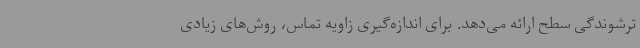
ترشوندگی سطح ارائه می‌دهد. برای اندازه‌گیری زاویه تماس، روش‌های زیادی